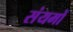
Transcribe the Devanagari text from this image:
संयमों